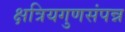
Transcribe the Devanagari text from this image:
क्षत्रियगुणसंपन्न